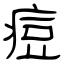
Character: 痘